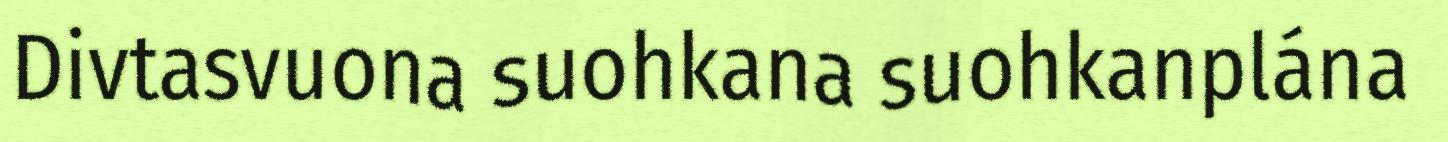
Divtasvuona suohkana suohkanplána